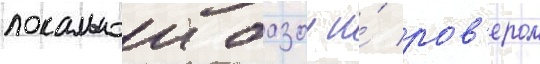
локальнои базои и́ ров'ером